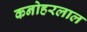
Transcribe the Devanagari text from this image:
कनोहरलाल